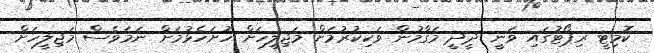
ކޮމިޓީ ރިޕޯޓުގައި ވަނީ ދީދީ މަގާމުން ވަކިކުރުމަށް މަޖިލީހަށް ހުށަހެޅުމަށް ނަމަވެސް މަޖިލީހަށް